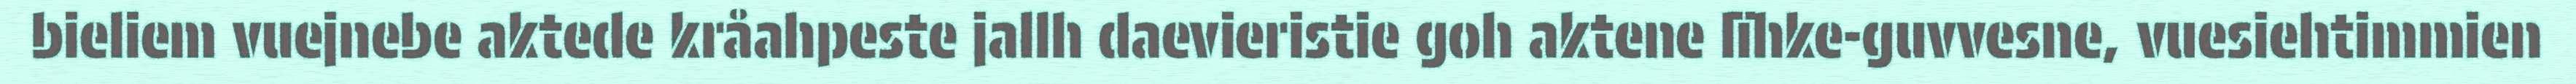
bieliem vuejnebe aktede kråahpeste jallh daevieristie goh aktene lïhke-guvvesne, vuesiehtimmien